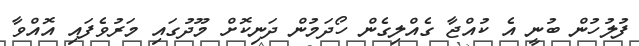
ފުލުހުން ބުނީ އެ ކުއްޖާ ގެއްލިގެން ހޯދަމުން ދަނިކޮށް މޫދުގައި މަރުވެފައި އޮއްވާ